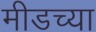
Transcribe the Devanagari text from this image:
मीडच्या